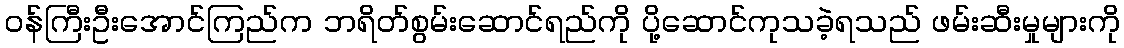
ဝန်ကြီးဦးအောင်ကြည်က ဘရိတ်စွမ်းဆောင်ရည်ကို ပို့ဆောင်ကုသခဲ့ရသည် ဖမ်းဆီးမှုများကို